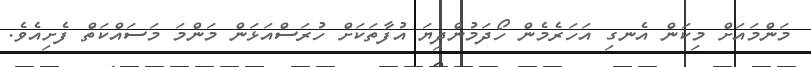
މަންމައަށް މިކަން އެނގި އަހަރެމެން ހޯދަމުންދިޔަ އުފާތަކަށް ހުރަސްއަޅަން މަންމަ މަސައްކަތް ފެށިއެވެ.